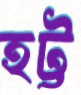
হট্ট